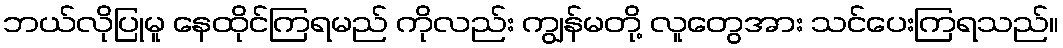
ဘယ်လိုပြုမူ နေထိုင်ကြရမည် ကိုလည်း ကျွန်မတို့ လူတွေအား သင်ပေးကြရသည်။